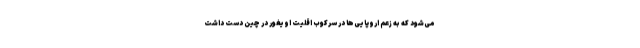
می‌شود که به زعم اروپایی‌ها در سرکوب اقلیت اویغور در چین دست داشت